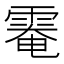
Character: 𩃗